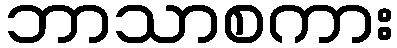
ဘာသာစကား